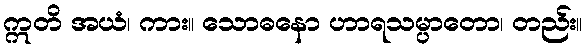
ဣတိ အယံ၊ ကား။ သောဓနော ဟာရသမ္ပာတော၊ တည်း။